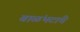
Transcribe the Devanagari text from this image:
बाळंभटांचे